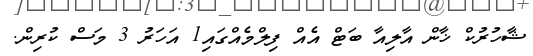
ޝާހުރުކް ޚާން އާލިއާ ބަޓް އެއް ފިލްމެއްގައި1 އަހަރު 3 މަސް ކުރިން.